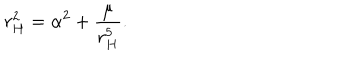
LaTeX: r _ { H } ^ { 2 } = \alpha ^ { 2 } + \frac { \mu } { r _ { H } ^ { 5 } } .